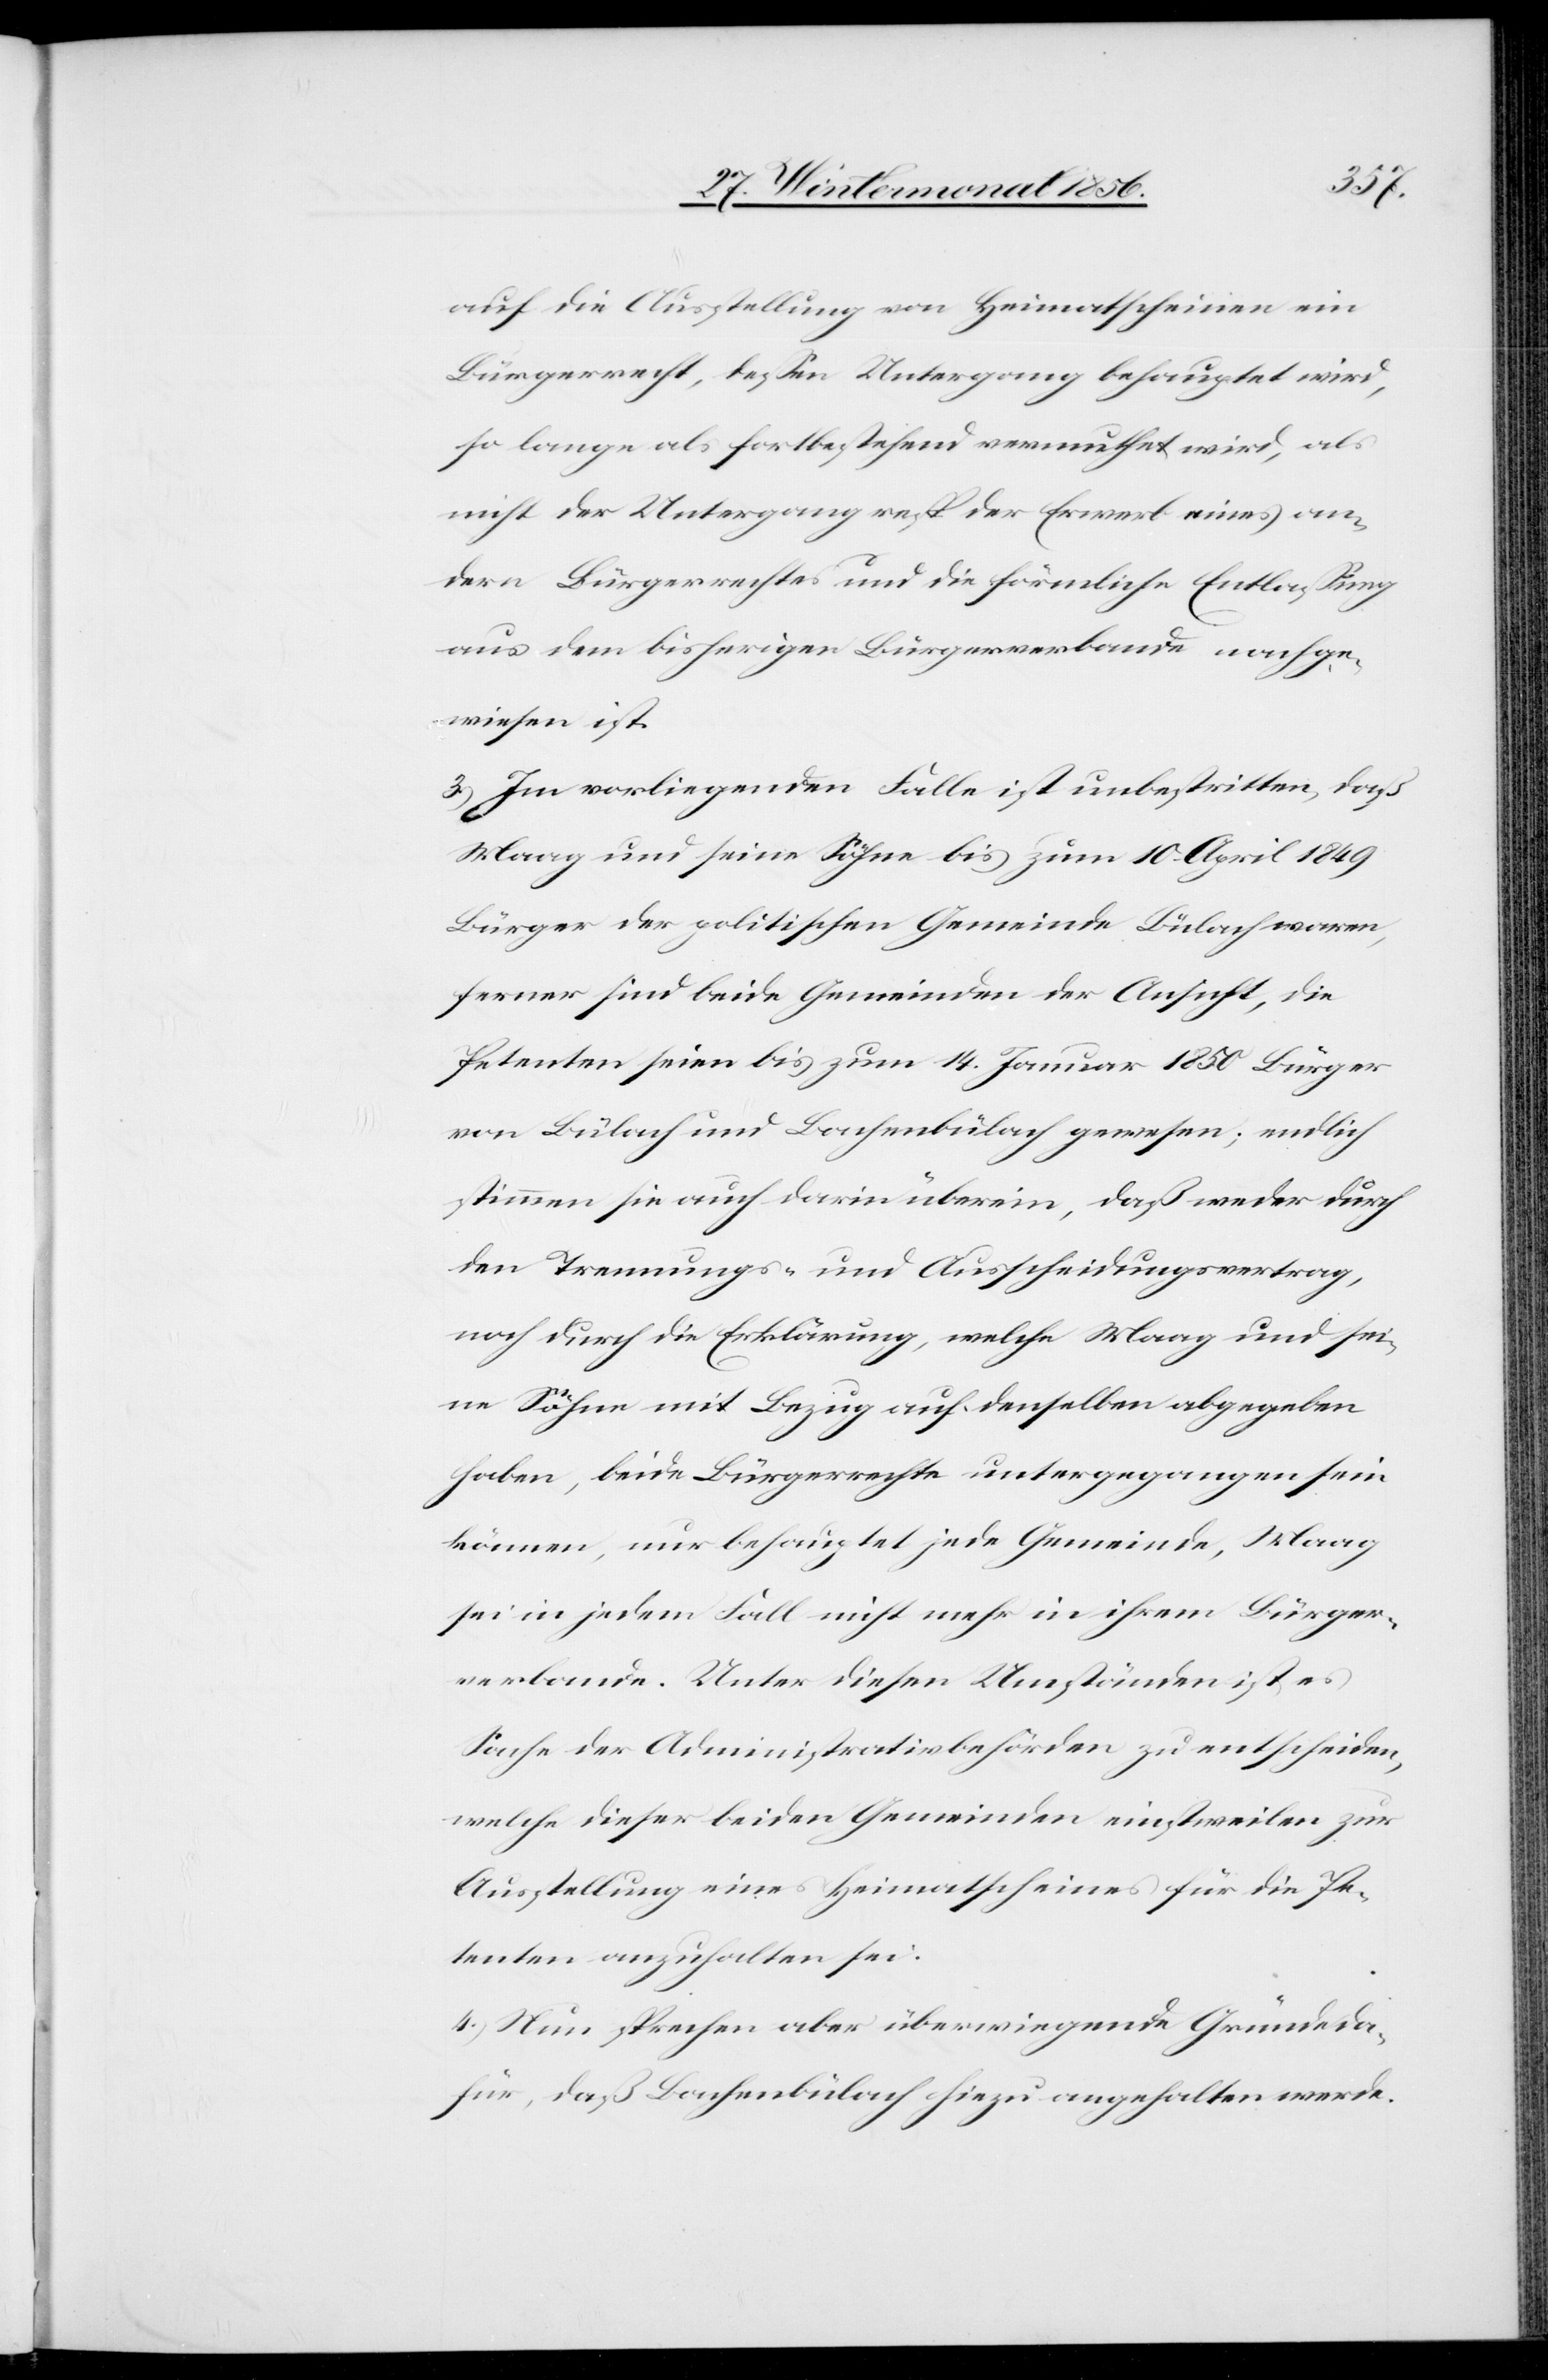
auf die Ausstellung von Heimatscheinen ein
Bürgerrecht, dessen Untergang behauptet wird,
so lange als fortbestehend vermuthet wird, als
nicht der Untergang resp der Erwerb eines an¬
dern Bürgerrechtes und die förmliche Entlassung
aus dem bisherigen Bürgerverbande nachge¬
wiesen ist.
3.) Im vorliegenden Falle ist unbestritten, daß
Maag und seine Söhne bis zum 10. April 1849
Bürger der politischen Gemeinde Bülach waren,
ferner sind beide Gemeinden der Ansicht, die
Petenten seien bis zum 14. Januar 1850 Bürger
von Bülach und Bachenbülach gewesen; endlich
stimmen sie auch darin überein, daß weder durch
den Trennungs- und Ausscheidungsvertrag,
noch durch die Erklärung, welche Maag und sei¬
ne Söhne mit Bezug auf denselben abgegeben
habe, beide Bürgerrechte untergegangen sein
können, nur behauptet jede Gemeinde, Maag
sei in dem Fall nicht mehr in ihrem Bürger¬
verbande. Unter diesen Umständen ist es
Sache der Administrativbehörden zu entscheiden,
welche dieser beiden Gemeinden einstweilen zur
Ausstellung eines Heimatscheines für die Pe¬
tenten anzuhalten sei.
4.) Nun sprechen aber überwiegende Gründe da¬
für, daß Bachenbülach hiezu angehalten werde.